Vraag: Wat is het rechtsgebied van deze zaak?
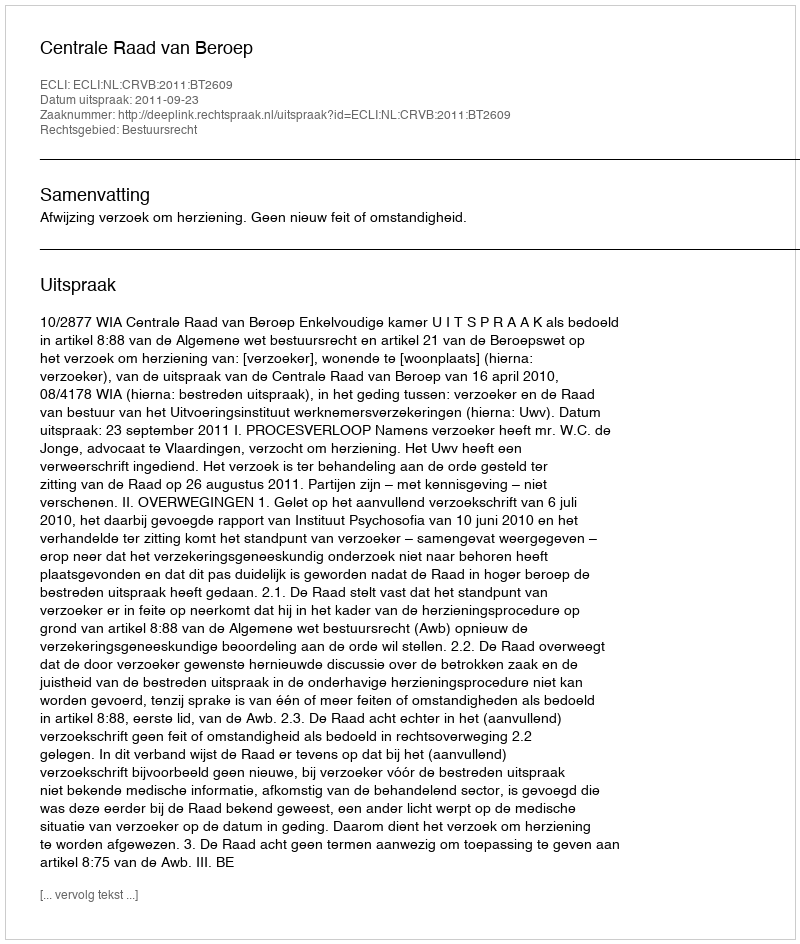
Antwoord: Bestuursrecht